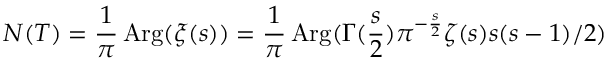
N ( T ) = { \frac { 1 } { \pi } } \mathop { \mathrm { A r g } } ( \xi ( s ) ) = { \frac { 1 } { \pi } } \mathop { \mathrm { A r g } } ( \Gamma ( { \frac { s } { 2 } } ) \pi ^ { - { \frac { s } { 2 } } } \zeta ( s ) s ( s - 1 ) / 2 )